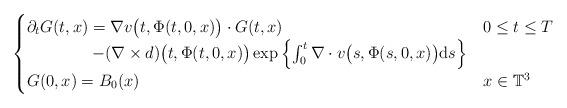
LaTeX: \begin{align*}\begin{cases}\partial_{t}G(t,x)=\nabla v\big(t,\Phi(t,0,x)\big)\cdot G(t,x) & 0\leq t\leq T \\\qquad\qquad- (\nabla\times d)\big(t,\Phi(t,0,x)\big)\exp\left\{\int^t_0\nabla\cdot v\big(s,\Phi(s,0,x)\big){\rm d}s\right\} & \\ G(0,x)=B_0(x) & x\in\mathbb{T}^3\end{cases}\end{align*}